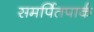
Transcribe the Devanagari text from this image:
समर्पितपार्क